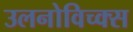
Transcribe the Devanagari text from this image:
उलनोविच्क्स